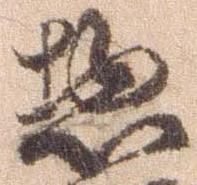
惣